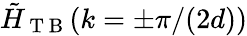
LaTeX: \tilde{H}_{\mathrm{~T~B~}}(k=\pm\pi/(2d))